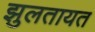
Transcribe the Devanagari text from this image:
झुलतायत